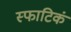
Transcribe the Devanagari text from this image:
स्फाटिकं